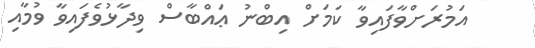
އަމުރަށްވާފައިވާ ކަމަށް އިބްނު ޢައްބާސް ވިދާޅުވެފައިވާ ވުމާއި